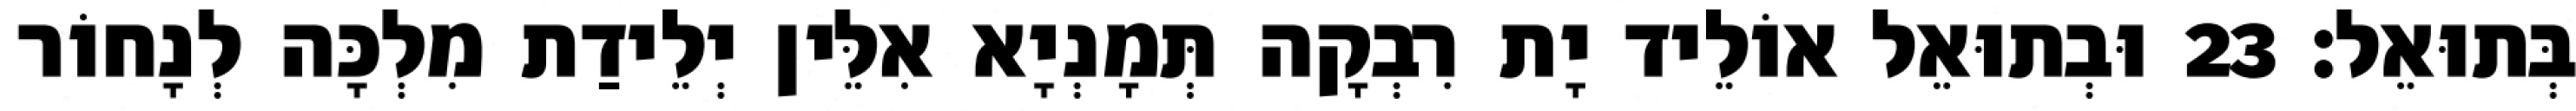
בְּתוּאֵל׃ 23 וּבְתוּאֵל אוֹלֵיד יָת רִבְקָה תְּמָנְיָא אִלֵּין יְלֵידַת מִלְכָּה לְנָחוֹר